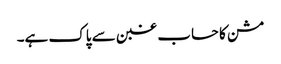
مشن کا حساب غبن سے پاک ہے۔